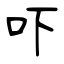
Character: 吓